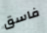
فاسق